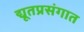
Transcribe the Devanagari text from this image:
द्यूतप्रसंगात